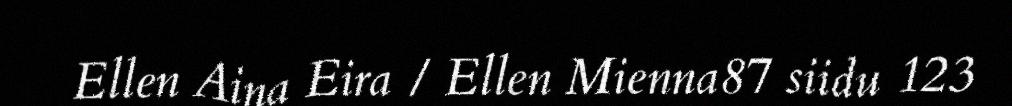
Ellen Aina Eira / Ellen Mienna87 siidu 123